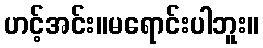
ဟင့်အင်း။မရောင်းပါဘူး။